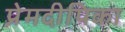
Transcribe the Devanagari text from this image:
प्रेमदीपिका